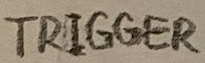
Text: TRIGGER